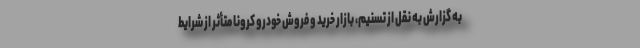
به گزارش به نقل از تسنیم، بازار خرید و فروش خودرو کرونا متأثر از شرایط